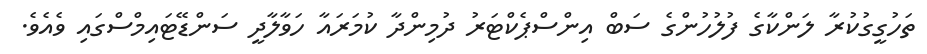
ތަހުގީގުކުރާ ލަންކާގެ ފުލުހުންގެ ސަބް އިންސްޕެކްޓަރު ދުމިންދާ ކުމަރައާ ހަވާލާދީ ސަންޑޭޓައިމްސްގައި ވެއެވެ.